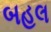
બહલ